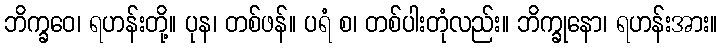
ဘိက္ခဝေ၊ ရဟန်းတို့။ ပုန၊ တစ်ဖန်။ ပရံ စ၊ တစ်ပါးတုံလည်း။ ဘိက္ခုနော၊ ရဟန်းအား။